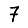
Digit: 7